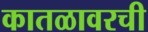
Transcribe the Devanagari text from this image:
कातळावरची